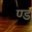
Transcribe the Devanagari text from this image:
ण्ड